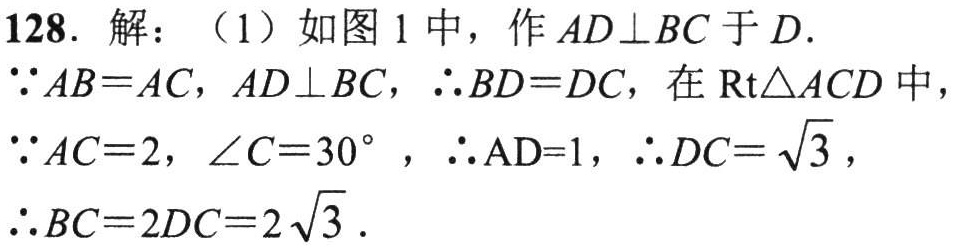
128. 解：（1）如图1中，作$AD\perp BC$于$D$.
$\because AB = AC$，$AD\perp BC$，$\therefore BD = DC$，在$\text{Rt}\triangle ACD$中，
$\because AC = 2$，$\angle C = 30^{\circ}$，$\therefore \text{AD}=1$，$\therefore DC=\sqrt{3}$，
$\therefore BC = 2DC = 2\sqrt{3}$.